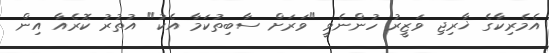
އެމެރިކާގެ ޚާރިޖި ވަޒީރު ހުންނެވީ "ވަރަށް ސާބިތުކަމާ އެކު" އުތުރު ކޮރެއާ އިން